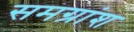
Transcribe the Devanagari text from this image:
समग्रांश